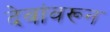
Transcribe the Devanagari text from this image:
देवांवरून